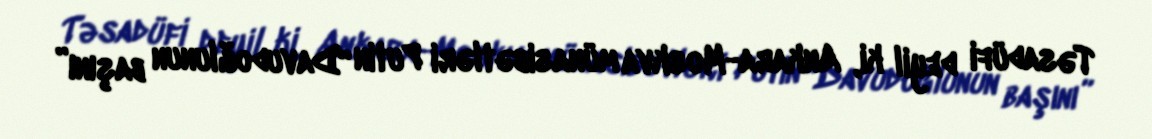
Təsadüfi deyil ki, Ankara-Moskva münasibətləri Putin “Davudoğlunun başını”